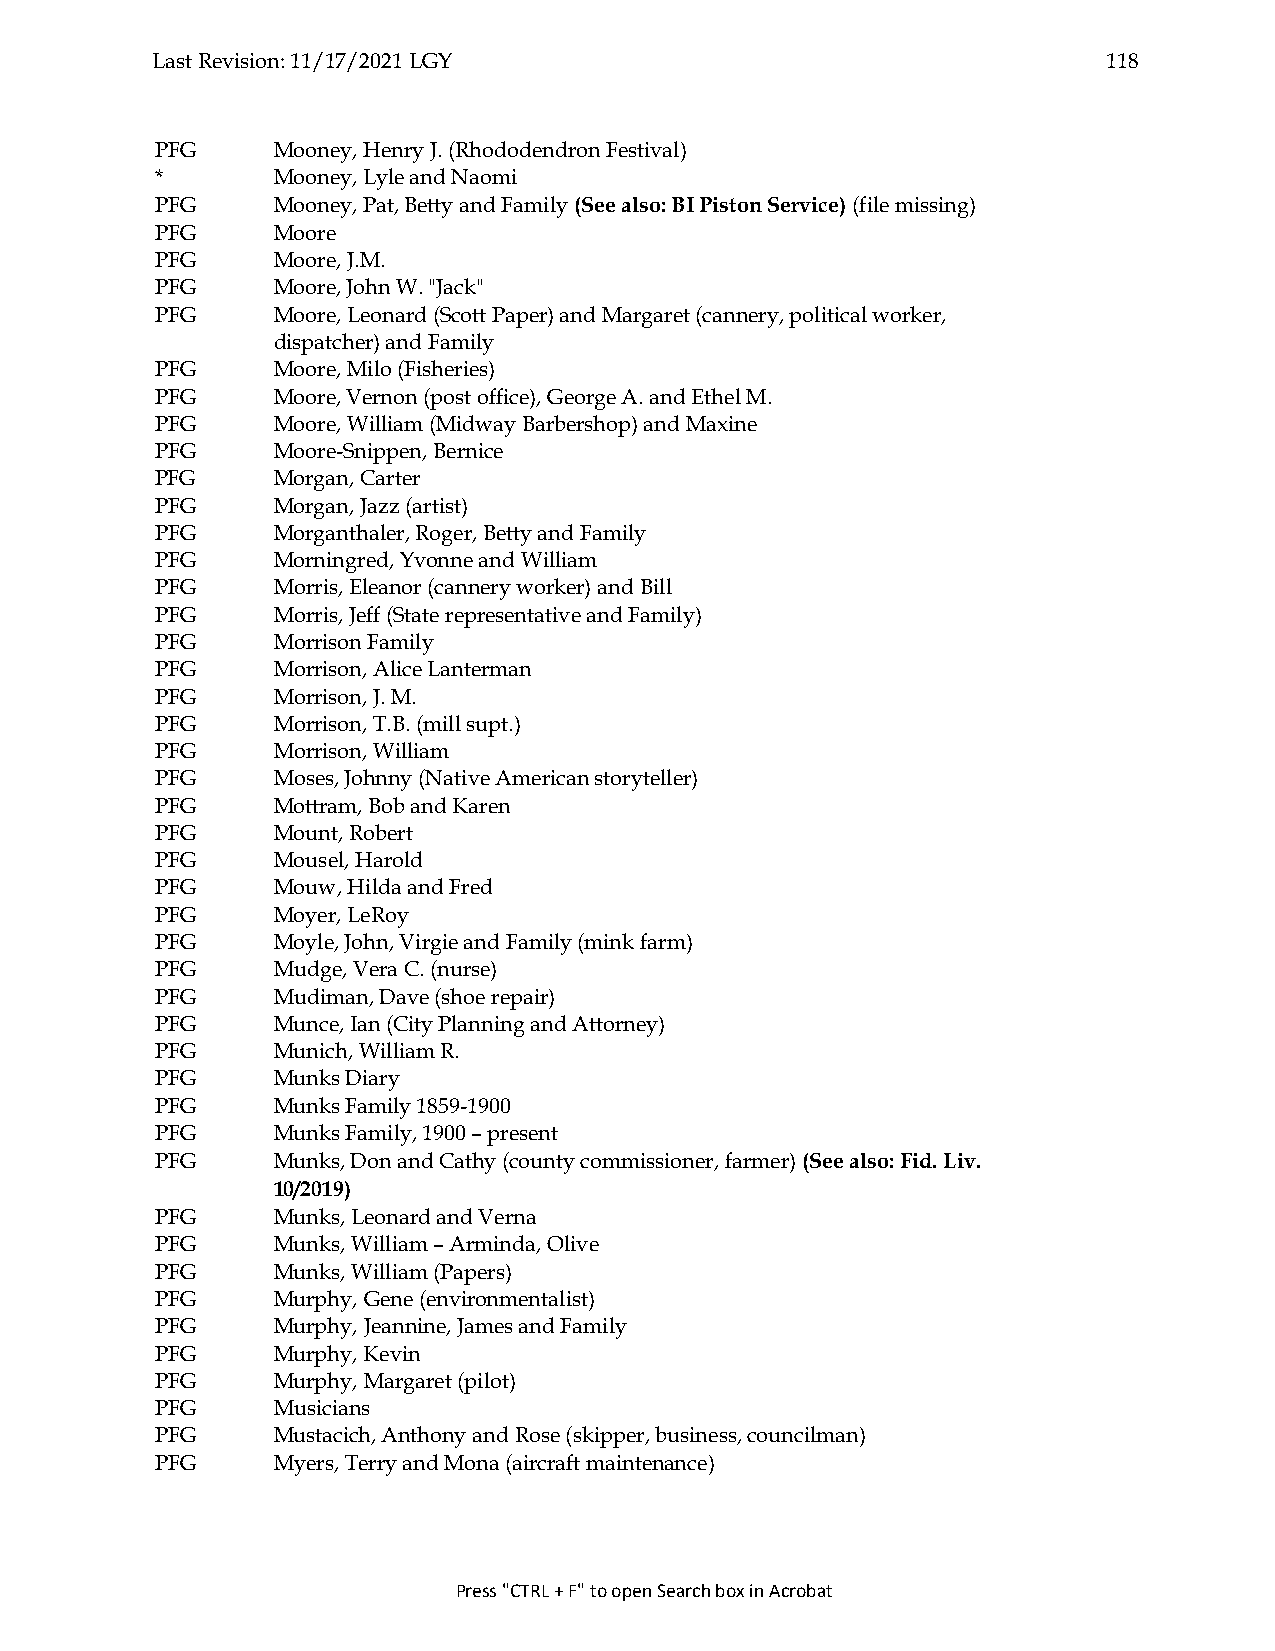
Last Revision: 11/17/2021 LGY                                  118
 PFG     Mooney, Henry J. (Rhododendron Festival)
 *       Mooney, Lyle and Naomi
 PFG     Mooney, Pat, Betty and Family (See also: BI Piston Service) (file missing)
 PFG     Moore
 PFG     Moore, J.M.
 PFG     Moore, John W. "Jack"
 PFG     Moore, Leonard (Scott Paper) and Margaret (cannery, political worker,
 dispatcher) and Family
 PFG     Moore, Milo (Fisheries)
 PFG     Moore, Vernon (post office), George A. and Ethel M.
 PFG     Moore, William (Midway Barbershop) and Maxine
 PFG     Moore-Snippen, Bernice
 PFG     Morgan, Carter
 PFG     Morgan, Jazz (artist)
 PFG     Morganthaler, Roger, Betty and Family
 PFG     Morningred, Yvonne and William
 PFG     Morris, Eleanor (cannery worker) and Bill
 PFG     Morris, Jeff (State representative and Family)
 PFG     Morrison Family
 PFG     Morrison, Alice Lanterman
 PFG     Morrison, J. M.
 PFG     Morrison, T.B. (mill supt.)
 PFG     Morrison, William
 PFG     Moses, Johnny (Native American storyteller)
 PFG     Mottram, Bob and Karen
 PFG     Mount, Robert
 PFG     Mousel, Harold
 PFG     Mouw, Hilda and Fred
 PFG     Moyer, LeRoy
 PFG     Moyle, John, Virgie and Family (mink farm)
 PFG     Mudge, Vera C. (nurse)
 PFG     Mudiman, Dave (shoe repair)
 PFG     Munce, Ian (City Planning and Attorney)
 PFG     Munich, William R.
 PFG     Munks Diary
 PFG     Munks Family 1859-1900
 PFG     Munks Family, 1900 – present
 PFG     Munks, Don and Cathy (county commissioner, farmer) (See also: Fid. Liv.
 10/2019)
 PFG     Munks, Leonard and Verna
 PFG     Munks, William – Arminda, Olive
 PFG     Munks, William (Papers)
 PFG     Murphy, Gene (environmentalist)
 PFG     Murphy, Jeannine, James and Family
 PFG     Murphy, Kevin
 PFG     Murphy, Margaret (pilot)
 PFG     Musicians
 PFG     Mustacich, Anthony and Rose (skipper, business, councilman)
 PFG     Myers, Terry and Mona (aircraft maintenance)
 Press "CTRL + F" to open Search box in Acrobat